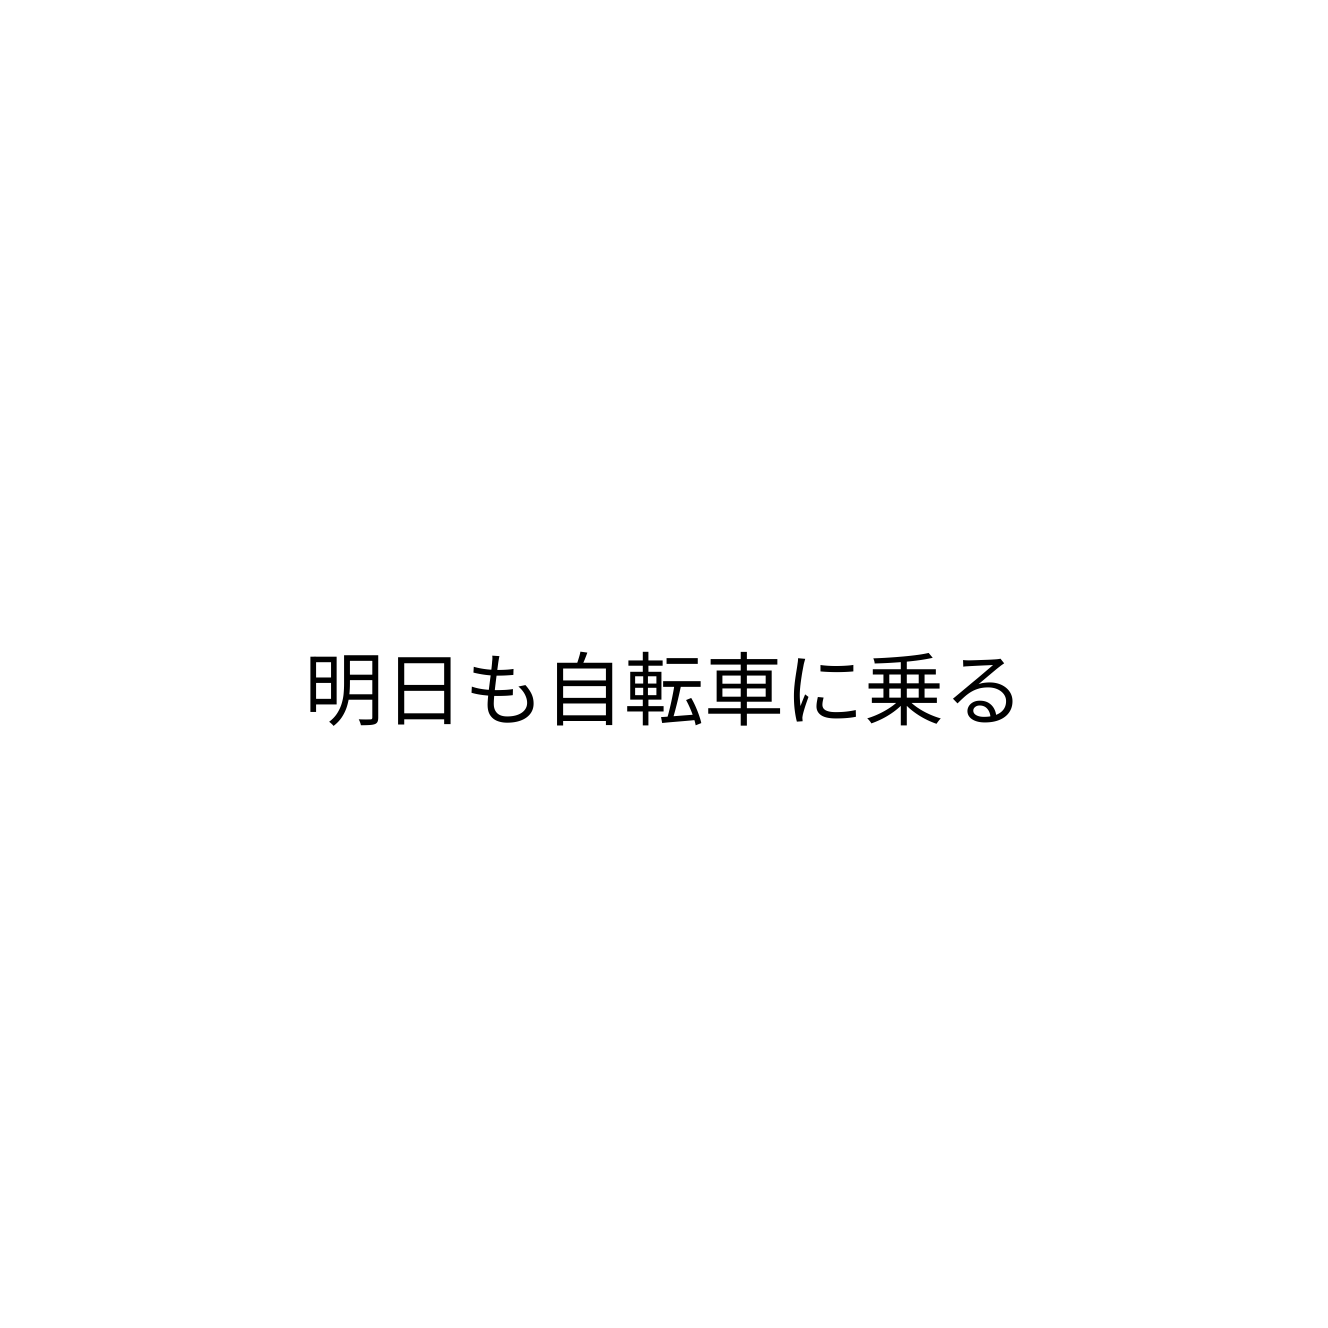
明日も自転車に乗る